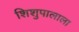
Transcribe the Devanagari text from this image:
शिशुपालाला